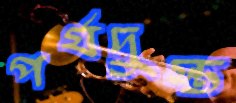
পর্যদুস্ত